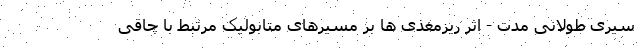
سیری طولانی مدت - اثر ریزمغذی ها بر مسیرهای متابولیک مرتبط با چاقی